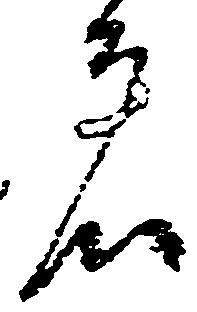
者